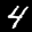
Label: 4